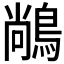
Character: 𪁺